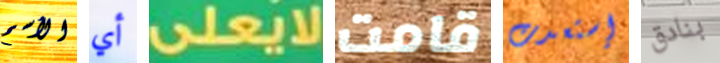
الأسم أي لايعلى قامت إستعدت بنادق